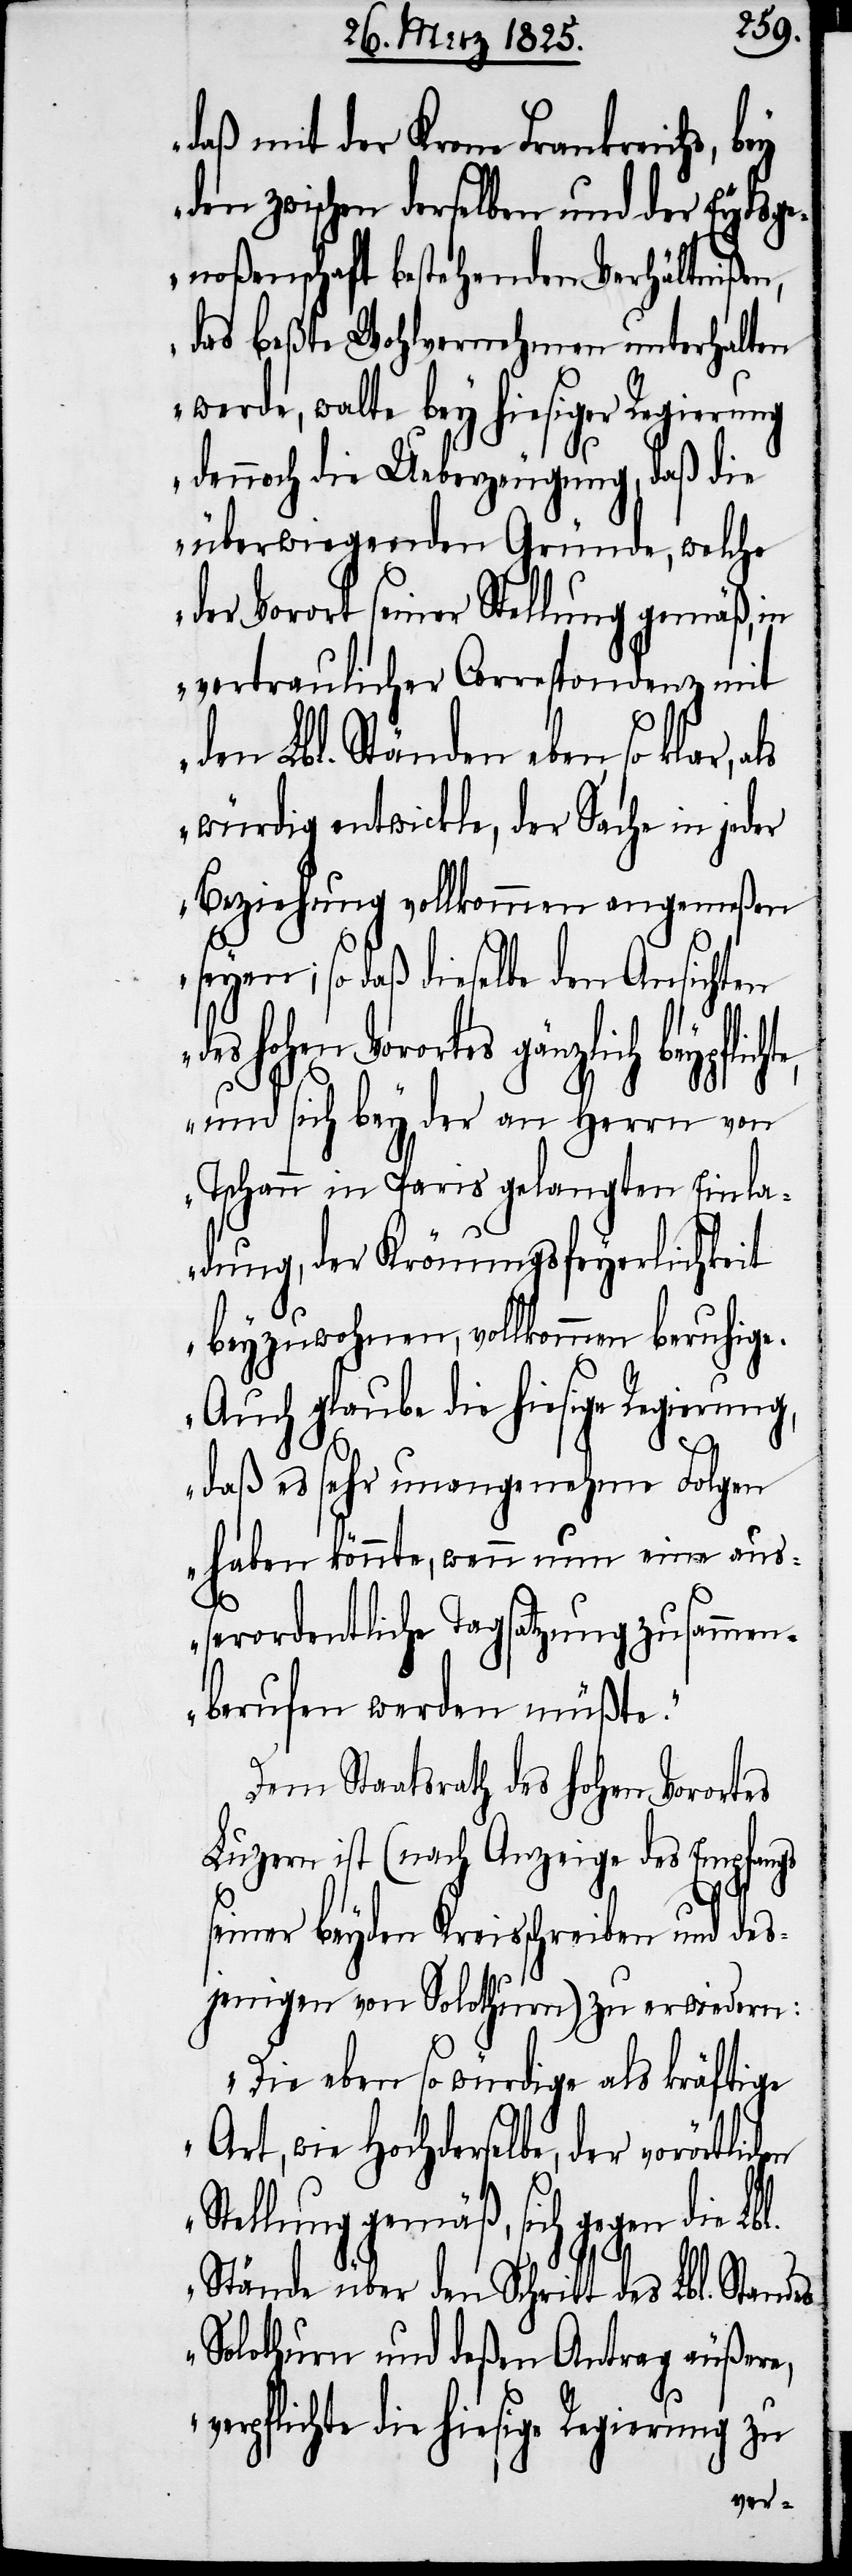
daß mit der Krone Frankreichs, bey
den zwischen derselben und der Eydsge¬
noßenschaft bestehenden Verhältnißen,
das beßte Wohlvernehmen unterhalten
werde, walte bey hiesiger Regierung
dennoch die Ueberzeugung, daß die
überwiegenden Gründe, welche
Vorort seiner Stellung gemäß, in
vertraulicher Correspondenz mit
den Lbl. Ständen eben so klar,
würdig entwickle, der Sache in jeder
Beziehung vollkommen angemeßen
seyen; so daß dieselbe den Ansichten
hohen Vorortes gänzlich
und sich bey der an Herrn von
Tschann in Paris gelangten Einla¬
dung, der Krönungsfeyerlichkeit
beyzuwohnen, vollkommen beruhige.
Auch glaube die hiesige Regierung,
daß es sehr unangenehme Folgen
haben könnte, wenn nun eine auß¬
erordentliche Tagsatzung zusammen¬
berufen werden müßte.“
Dem Staatsrath des hohen Vorortes
Luzern ist (nach Anzeige des Empfangs
l.
seiner beyden Kreisschreiben und des¬
jenigen von Solothurn) zu erwiedern:
„Die eben so würdige als kräftige
Art, wie Hochderselbe, der vorörtlic¬
tellung gemäß, sich gegen die Lb¬
Stände über den Schritt des Lbl. Standes
Solothurn und deßen Antrag äußere,
pflichte die hiesige Regierung zu
ver¬